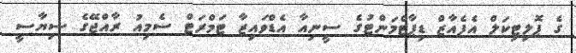
ގެ ޕޮލިޓިކަލް އެފެއާޒް ޑިޕާޓްމަންޓުގެ ސީނިއާ އެޑްވައިޒާ ޓަމްރަޓް ސެމިއު ރާއްޖޭގެ ސިޔާސީ